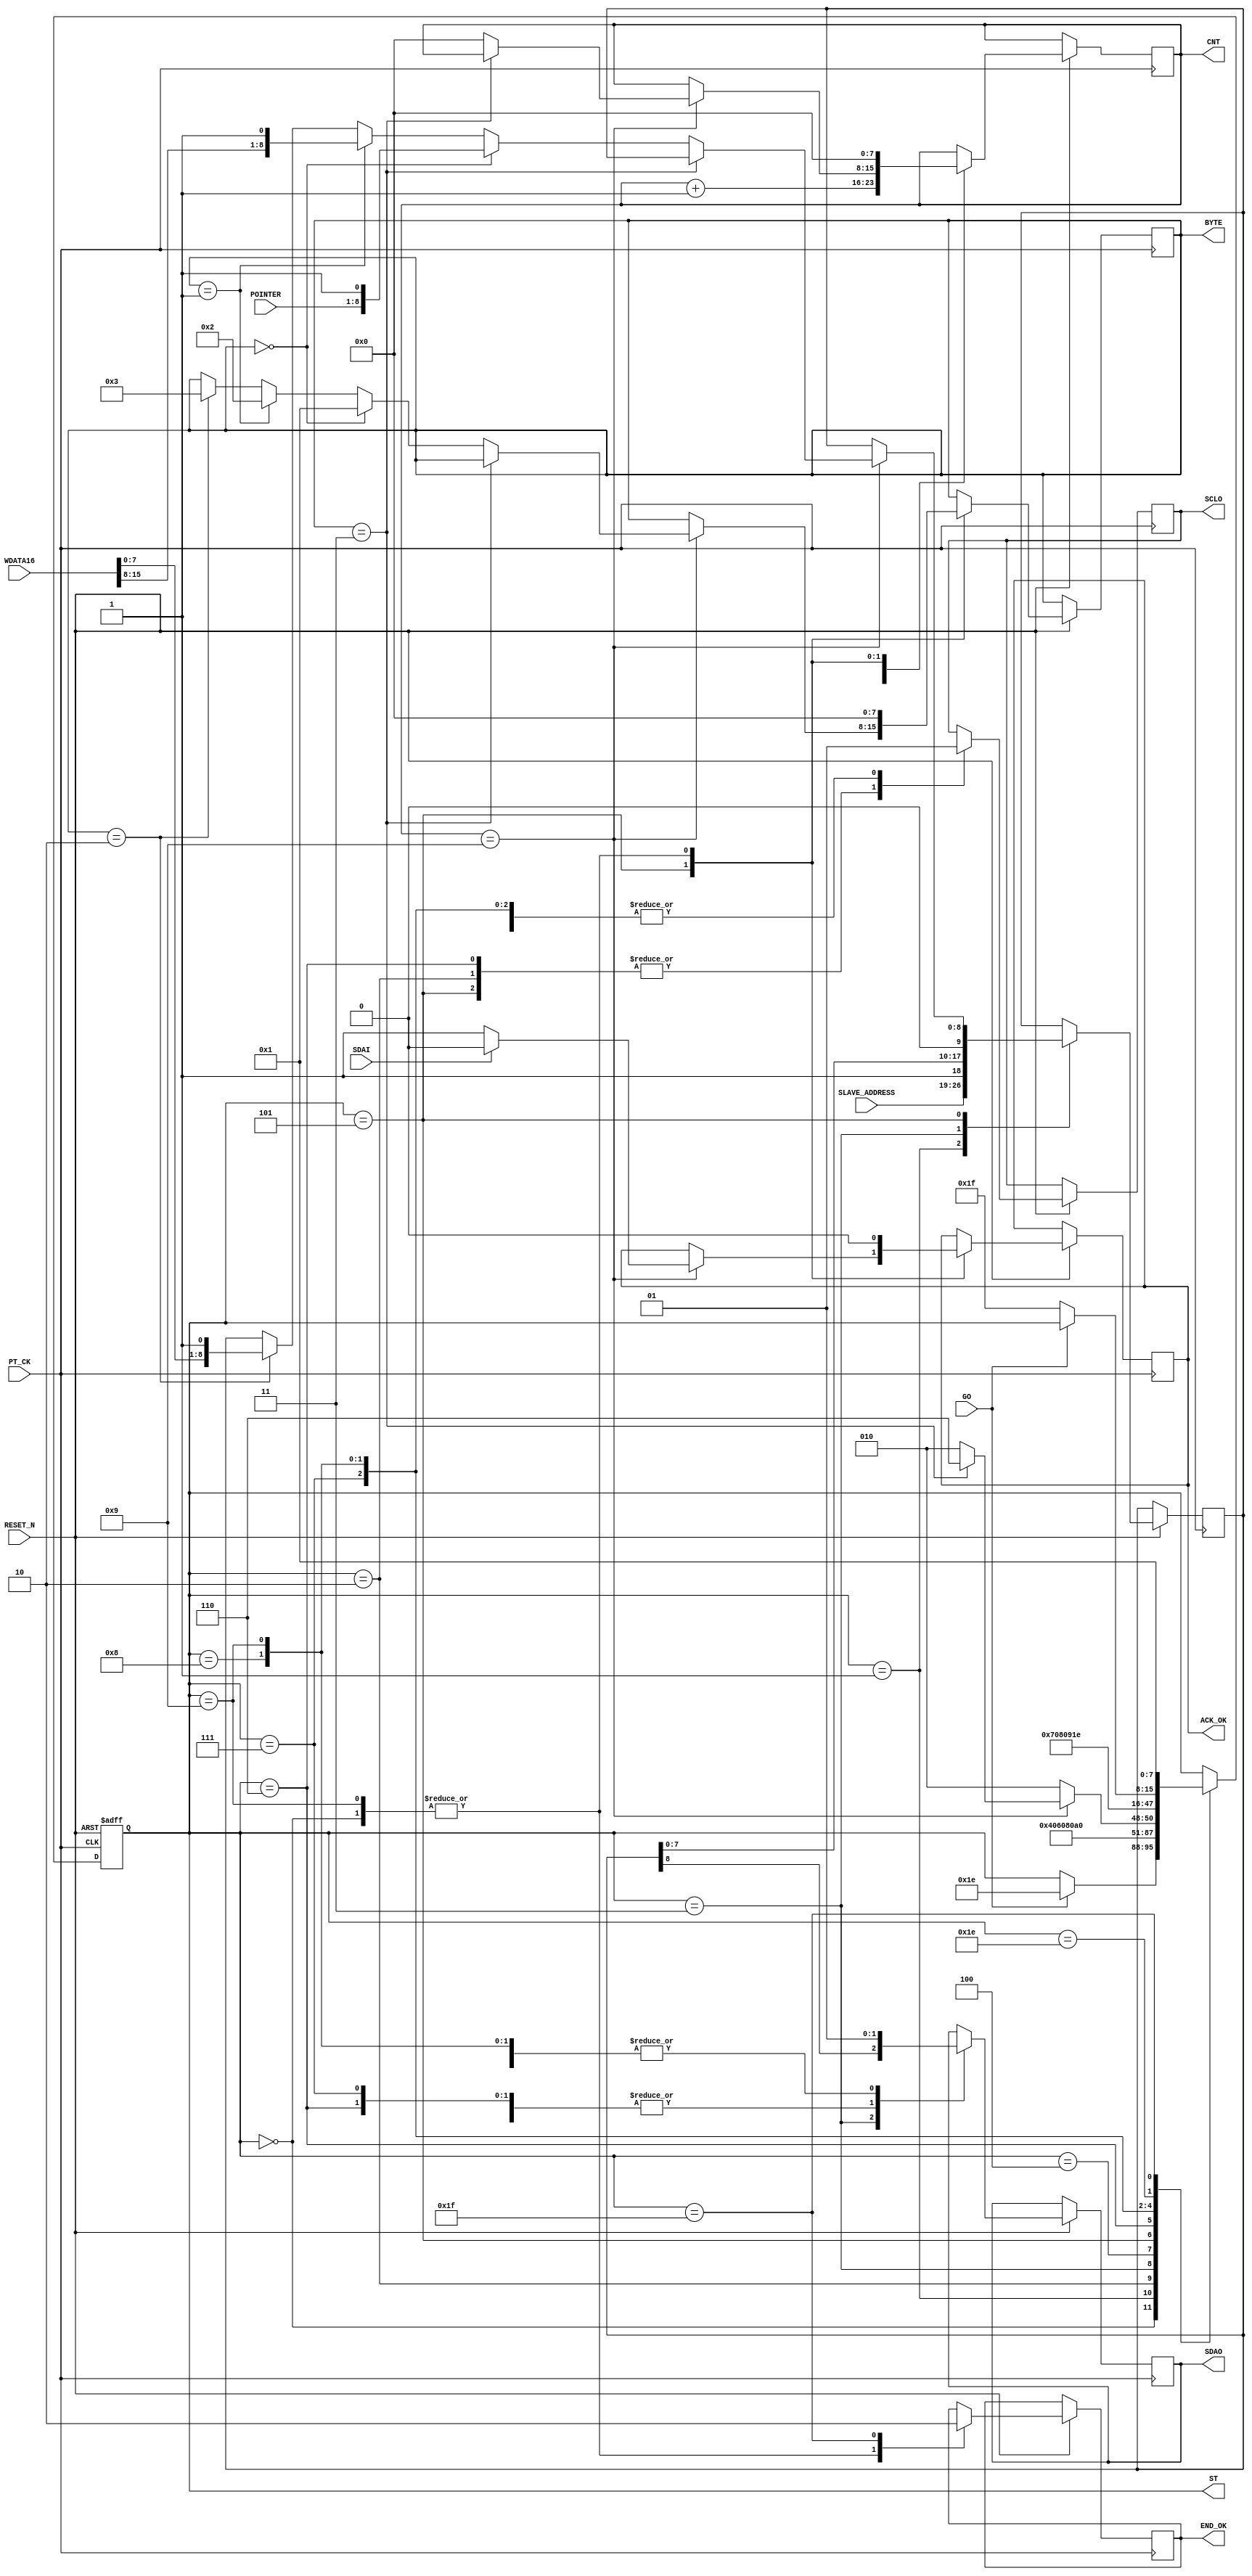
module I2C_WRITE_WORD  (
   input  				RESET_N ,
	input      		  	PT_CK,
	input      		  	GO,
	input      [7:0] 	POINTER,
	input      [7:0] 	SLAVE_ADDRESS,	
	input      [15:0]	WDATA16,		
	input            	SDAI,
	output reg       	SDAO,
	output reg       	SCLO,
	output reg       	END_OK,
	
	//--for test 
	output reg [7:0] 	ST ,
	output reg [7:0] 	CNT,
	output reg [7:0] 	BYTE,
	output reg       	ACK_OK
);

reg   [8:0]A ;

always @( negedge RESET_N or posedge  PT_CK )begin
if (!RESET_N  ) ST <=0;
else 
	  case (ST)
	    0: begin  //start 		      
		      SDAO   <=1; 
	         SCLO   <=1;
	         ACK_OK <=0;
	         CNT    <=0;
	         END_OK <=1;
	         BYTE   <=0;	
	         if (GO) ST  <=30 ; // inital 							
		    end	  
	    1: begin  //start 
		      ST <=2 ; 
			   { SDAO,  SCLO } <= 2'b01; 
				A <= {SLAVE_ADDRESS ,1'b1 };//WRITE COMMAND
		    end
	    2: begin  //start 
		      ST <=3 ; 
			   { SDAO,  SCLO } <= 2'b00; 
		    end
			 
	    3: begin  //start 
		      ST <=4 ; 
			   { SDAO, A } <= { A ,1'b0 }; 
		    end
	    4: begin  //start 
		      ST <=5 ; 
			   SCLO <= 1'b1 ; 
				CNT <= CNT +1 ;
		    end
			 
	    5: begin  //start 
			   SCLO <= 1'b0 ; 
			   if (CNT==9) begin
				     if ( BYTE ==3)  ST <= 6 ; 
					  else  begin 
					           CNT <=0 ; 
					           ST <= 2 ;
					                if ( BYTE ==0 ) begin BYTE <=1  ; A <= {POINTER ,1'b1 }; end 
								  else if ( BYTE ==1 ) begin BYTE <=2  ; A <= {WDATA16[15:8] ,1'b1 }; end 
								  else if ( BYTE ==2 ) begin BYTE <=3  ; A <= {WDATA16[7:0]  ,1'b1 }; end 
							  end
					  if ( !SDAI ) ACK_OK <=1 ; 
					  else ACK_OK <=0 ; 
				 end
				 else ST <= 2;
		    end

	    6: begin          //stop
		      ST <=7 ; 
			   { SDAO,  SCLO } <= 2'b00; 
         end

	    7: begin          //stop
		      ST <=8 ; 
			   { SDAO,  SCLO } <= 2'b01; 
         end
	    8: begin          //stop
		      ST <=9 ; 
			   { SDAO,  SCLO } <= 2'b11; 
						
         end //stop
		9:	begin
		      ST     <= 30; 
				SDAO   <=1; 
	         SCLO   <=1;
	         ACK_OK <=0;
	         CNT    <=0;
	         END_OK <=1;
	         BYTE   <=0;	
	
	
		     end
		//--- END ---
		30: begin
            if (!GO) ST  <=31;
          end
 		31: begin 
		    ST  <=1; END_OK<=0;
          end
		
	  endcase 
 end
 
endmodule